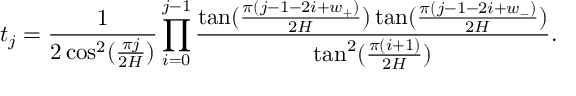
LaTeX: t _ { j } = \frac { 1 } { 2 \cos ^ { 2 } ( \frac { \pi j } { 2 H } ) } \prod _ { i = 0 } ^ { j - 1 } \frac { \tan ( \frac { \pi ( j - 1 - 2 i + w _ { + } ) } { 2 H } ) \tan ( \frac { \pi ( j - 1 - 2 i + w _ { - } ) } { 2 H } ) } { \tan ^ { 2 } ( \frac { \pi ( i + 1 ) } { 2 H } ) } .